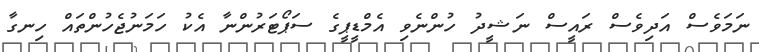
ނަމަވެސް އަދިވެސް ރައީސް ނަޝީދު ހުންނެވި އެމްޑީޕީގެ ސަޕޯޓަރުންނާ އެކު ހަމަނުޖެހުންތައް ހިނގާ